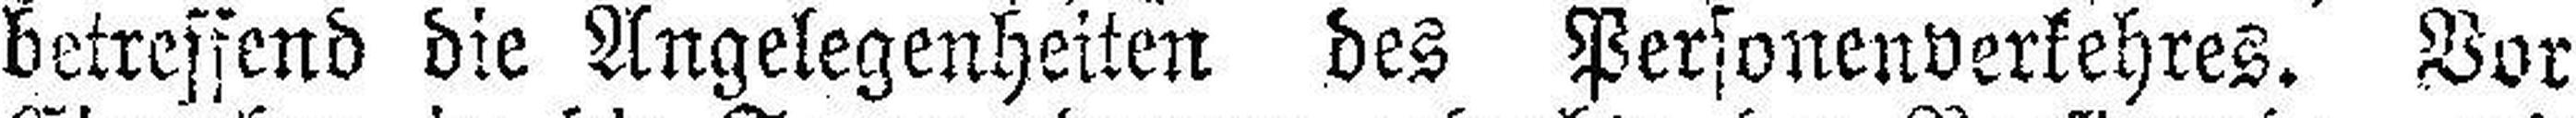
betreffend die Angelegenheiten des Personenverkehres. Vor